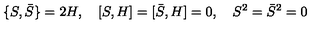
\{ S , \bar { S } \} = 2 H , \quad [ S , H ] = [ \bar { S } , H ] = 0 , \quad S ^ { 2 } = \bar { S } ^ { 2 } = 0